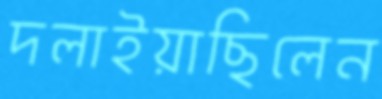
দলাইয়াছিলেন